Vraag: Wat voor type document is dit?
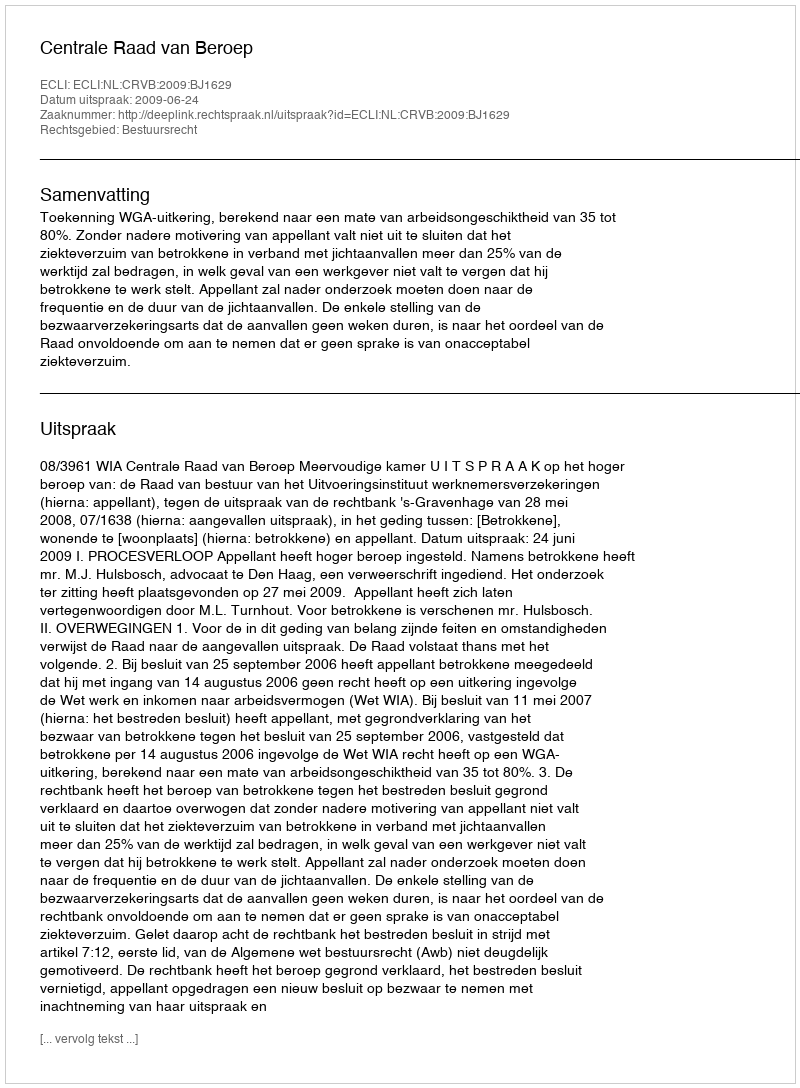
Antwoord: Uitspraak